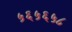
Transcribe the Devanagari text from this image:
५६५६५८